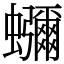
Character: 𮕖